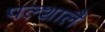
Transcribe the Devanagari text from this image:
पल्शालै